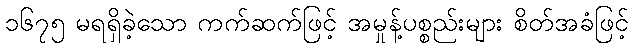
၁၆၇၅ မရရှိခဲ့သော ကက်ဆက်ဖြင့် အမှုန့်ပစ္စည်းများ စိတ်အခံဖြင့်